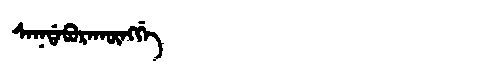
Manchu: ᠰᠠᡴᡩᠠᠪᡠᡵᠠᡴᡡᠩᡤᡝ
Romanization: SAKDABURAKŪNGGE